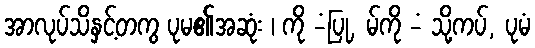
အာလုပ်သိနှင့်တကွ ပုမ၏အဆုံး ၊ ကို -ံပြု, မ်ကို -ံ သို့ကပ်, ပုမံ